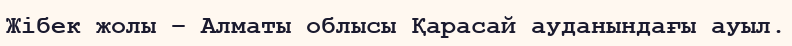
Жібек жолы – Алматы облысы Қарасай ауданындағы ауыл.